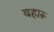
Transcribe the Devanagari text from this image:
बहारू